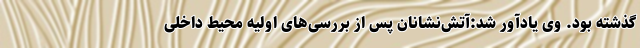
گذشته بود. وی یادآور شد:آتش‌نشانان پس از بررسی‌های اولیه محیط داخلی